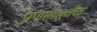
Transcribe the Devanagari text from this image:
प्रणामपूर्वक